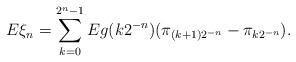
LaTeX: \begin{align*} E\xi_{n} =\sum_{k=0}^{2^{ n}-1 } Eg(k2^{-n} )(\pi_{ (k+1)2^{-n} }-\pi_{ k2^{-n} }).\end{align*}